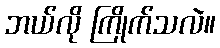
ဘယ်လို ကြိုက်သလဲ။